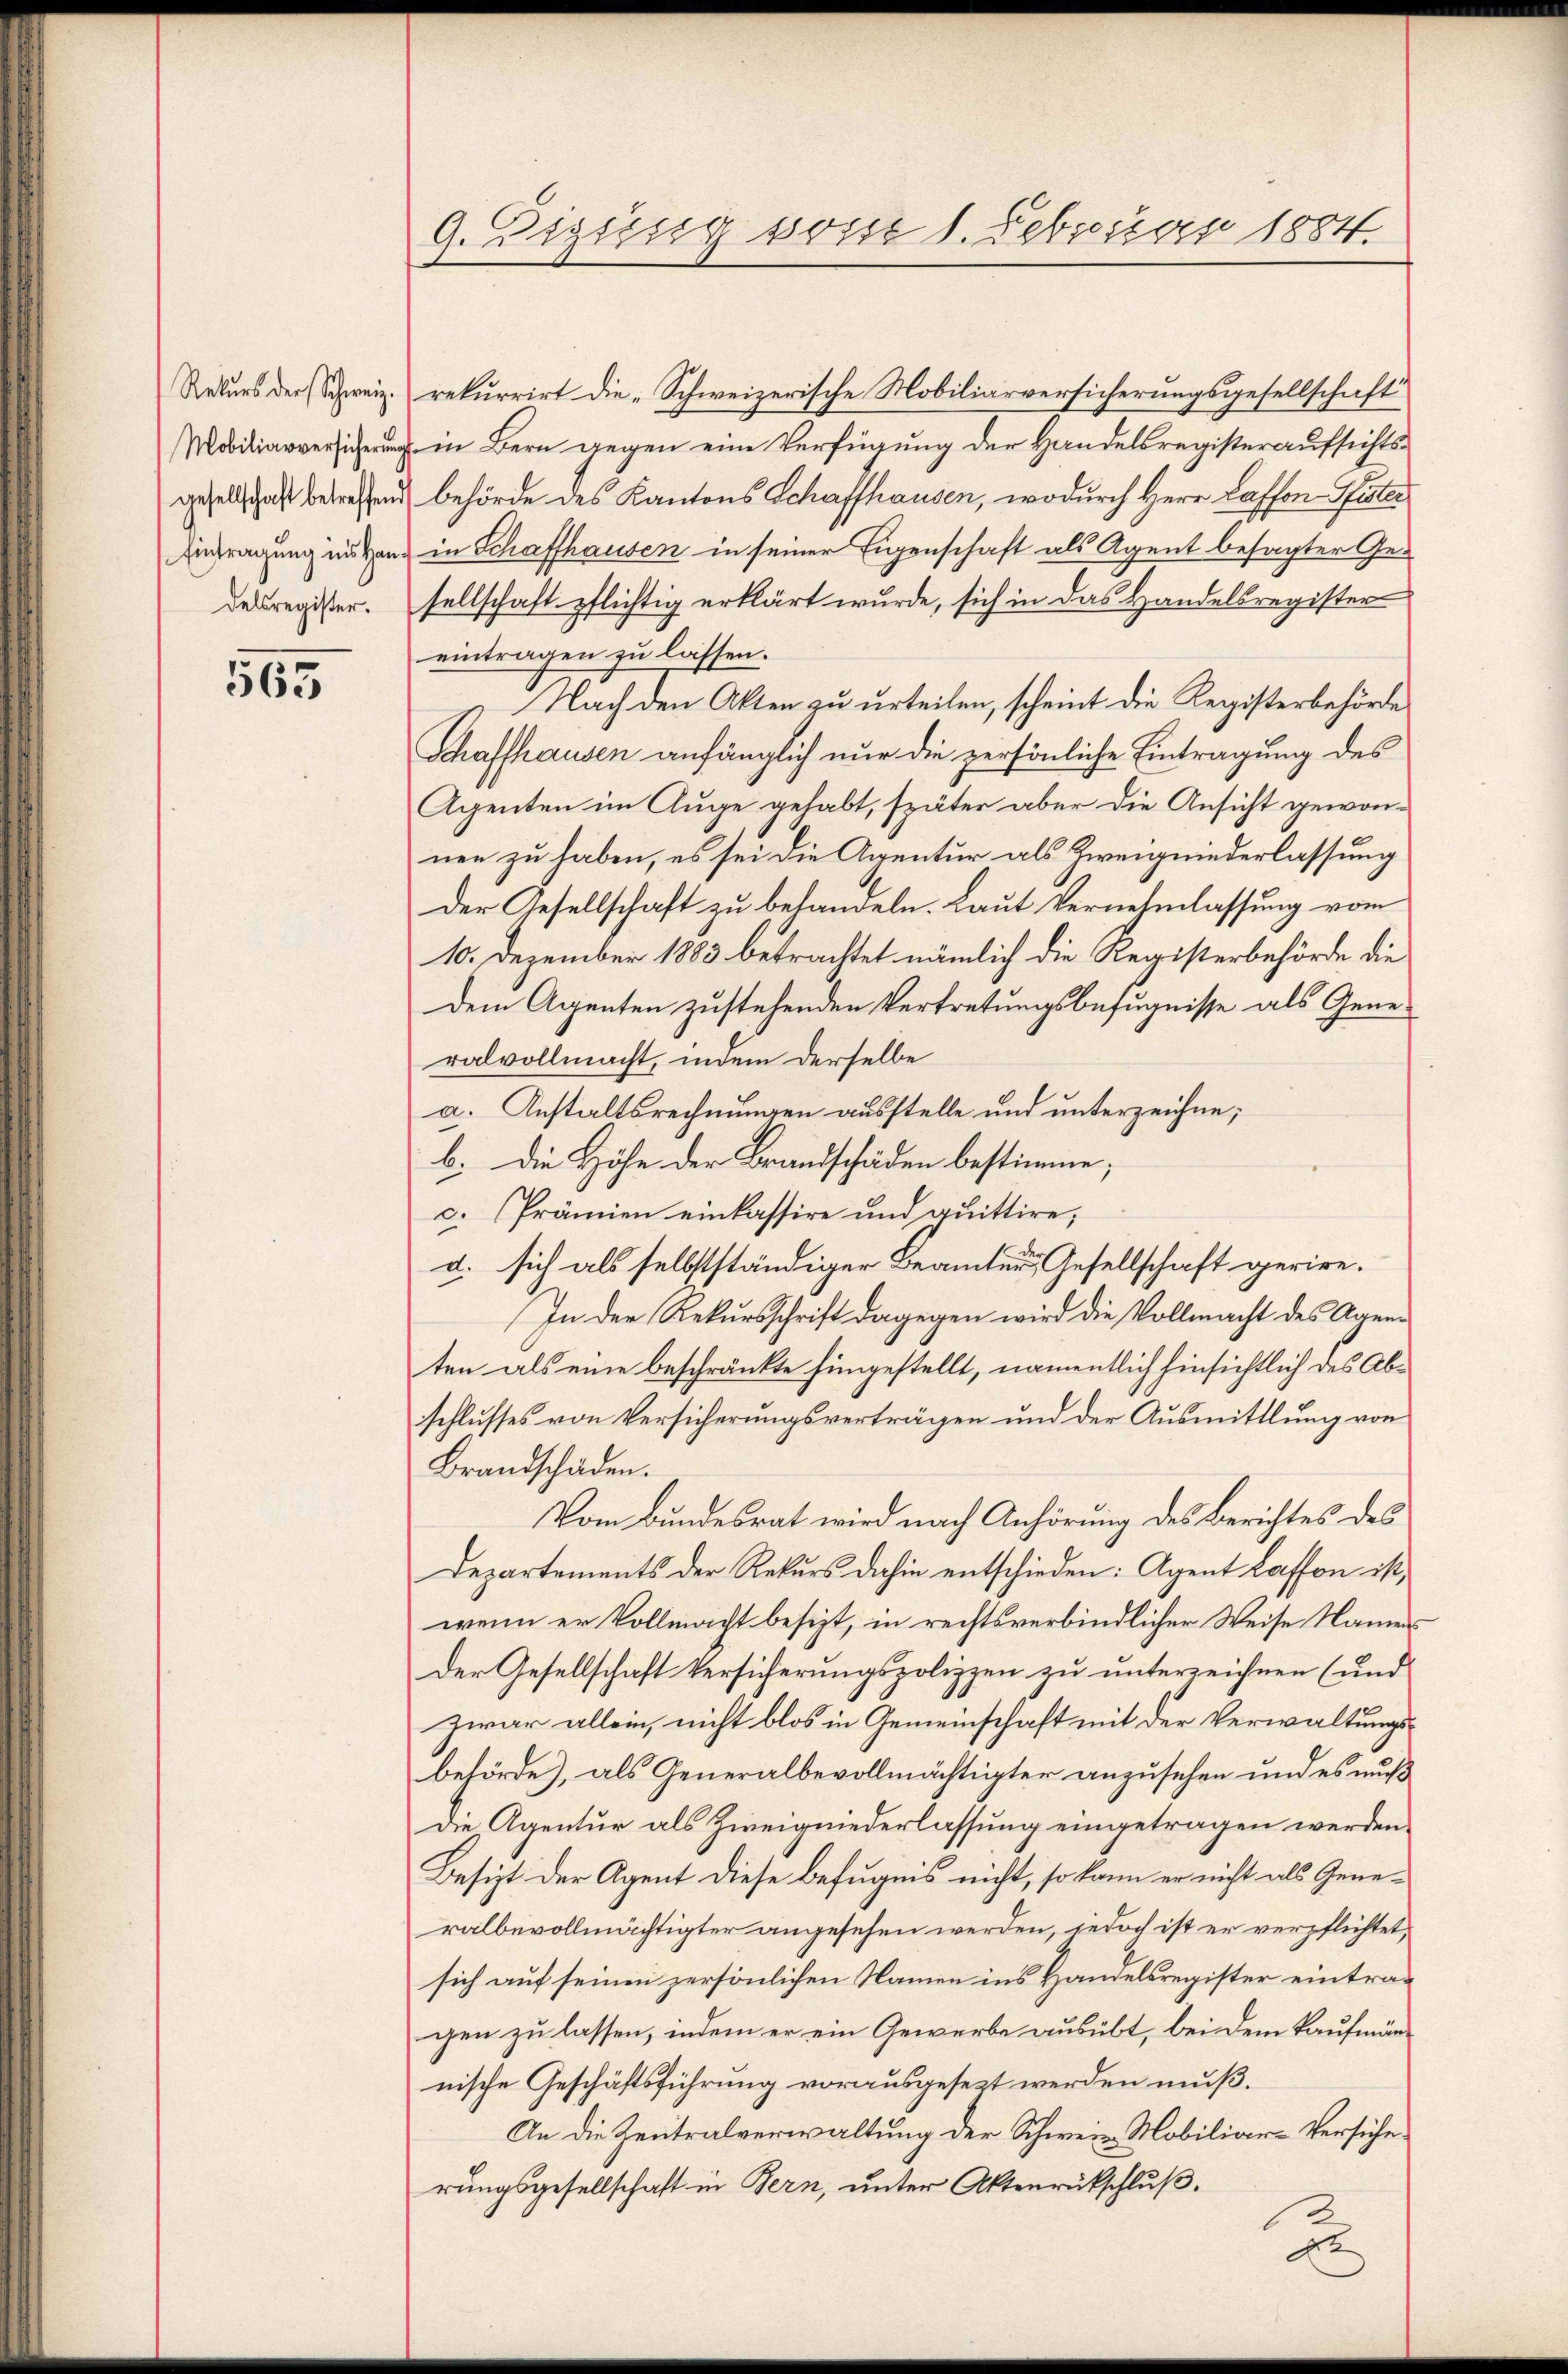
Rekurs der Schweiz.
Eintragung ins Han
delsregister.

565

9. Digisig vom 1. Februar 1884.

rekurrirt die „Schweizerische Mobiliarversicherungsgesellschaft
 in Bern gegen eine Verfügung der Handelsregisteraufsichts-
gesellschaft betreffend behörde des Kantons Schaffhausen, wodurch Herr Lasson Pister
in Schaffhausen in seiner Eigenschaft als Agent besagter Gesellschaft pflichtig erklärt wurde, sich in das Handelsregister
eintragen zu lassen.
Nach den Akten zu urteilen, scheint die Registerbehörde
Schaffhausen anfänglich nur die persönliche Eintragung des
Agenten im Auge gehabt, später aber die Ansicht gewonnen zu haben, es sei die Arrentur als Zweigniederlassung
Der Gesellschaft zu behandeln. Laut Vernehmlassung vom
10. Dezember 1883 betrachtet nämlich die Registerbehörde die
dem Agenten zustehenden Vertretungsbefugnisse als Generalvollmacht, indem derselbe
a. Anstaltsrechnungen ausstelle und unterzeichne;
b. Die Höhe der Brandschäden bestimme;
c. Prämien einkassire und quittire,
g. sich als selbstständiger Beamten Gesellschaft gerire.
In der Rekursschrift dagegen wird die Vollmacht des Agen
ten als eine beschränkte hingestellt, namentlich hinsichtlich des Abschlusses von Versicherungsverträgen und der Ausmittlung von
Brandschaden.
Vom Bundesrat wird nach Anhörung des Berichtes des
Departements der Rekurs dahin entschieden: Agent Laffen ist,
wenn er Vollmacht besizt, in rechtsverbindlicher Weise Namen
Der Gesellschaft Versicherungspolizzen zu unterzeichnen (und
zwar allein, nicht blos in Gemeinschaft mit der Verwaltungsbehörde), als Generalbevollmächtigter anzusehen und es muß
Die Agentur als Zweigniederlassung eingetragen werden.
Besizt der Agent diese Befugnis nicht, so kann er nicht als Generalbevollmächtigter angesehen werden, jedoch ist er verpflichtet,
sich auf seinen persönlichen Namen ins Handelsregister eintragen zu lassen, indem er ein Gewerbe ausübt, bei dem Kaufmännische Geschäftsführung vorausgesezt werden muß.
An die Zentralverwaltung der Schweiz. Mobiliar-Versiche
rungsgesellschaft in Bern, unter Aktenrückschluß.

2